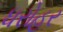
ધરોહર